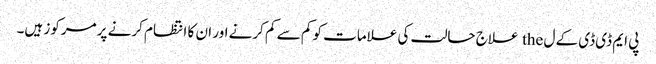
پی ایم ڈی ڈی کے ل the علاج حالت کی علامات کو کم سے کم کرنے اور ان کا انتظام کرنے پر مرکوز ہیں۔